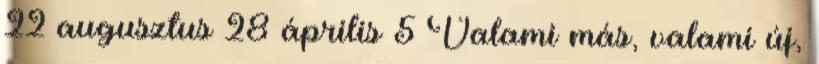
22 augusztus 28 április 5 Valami más, valami új,